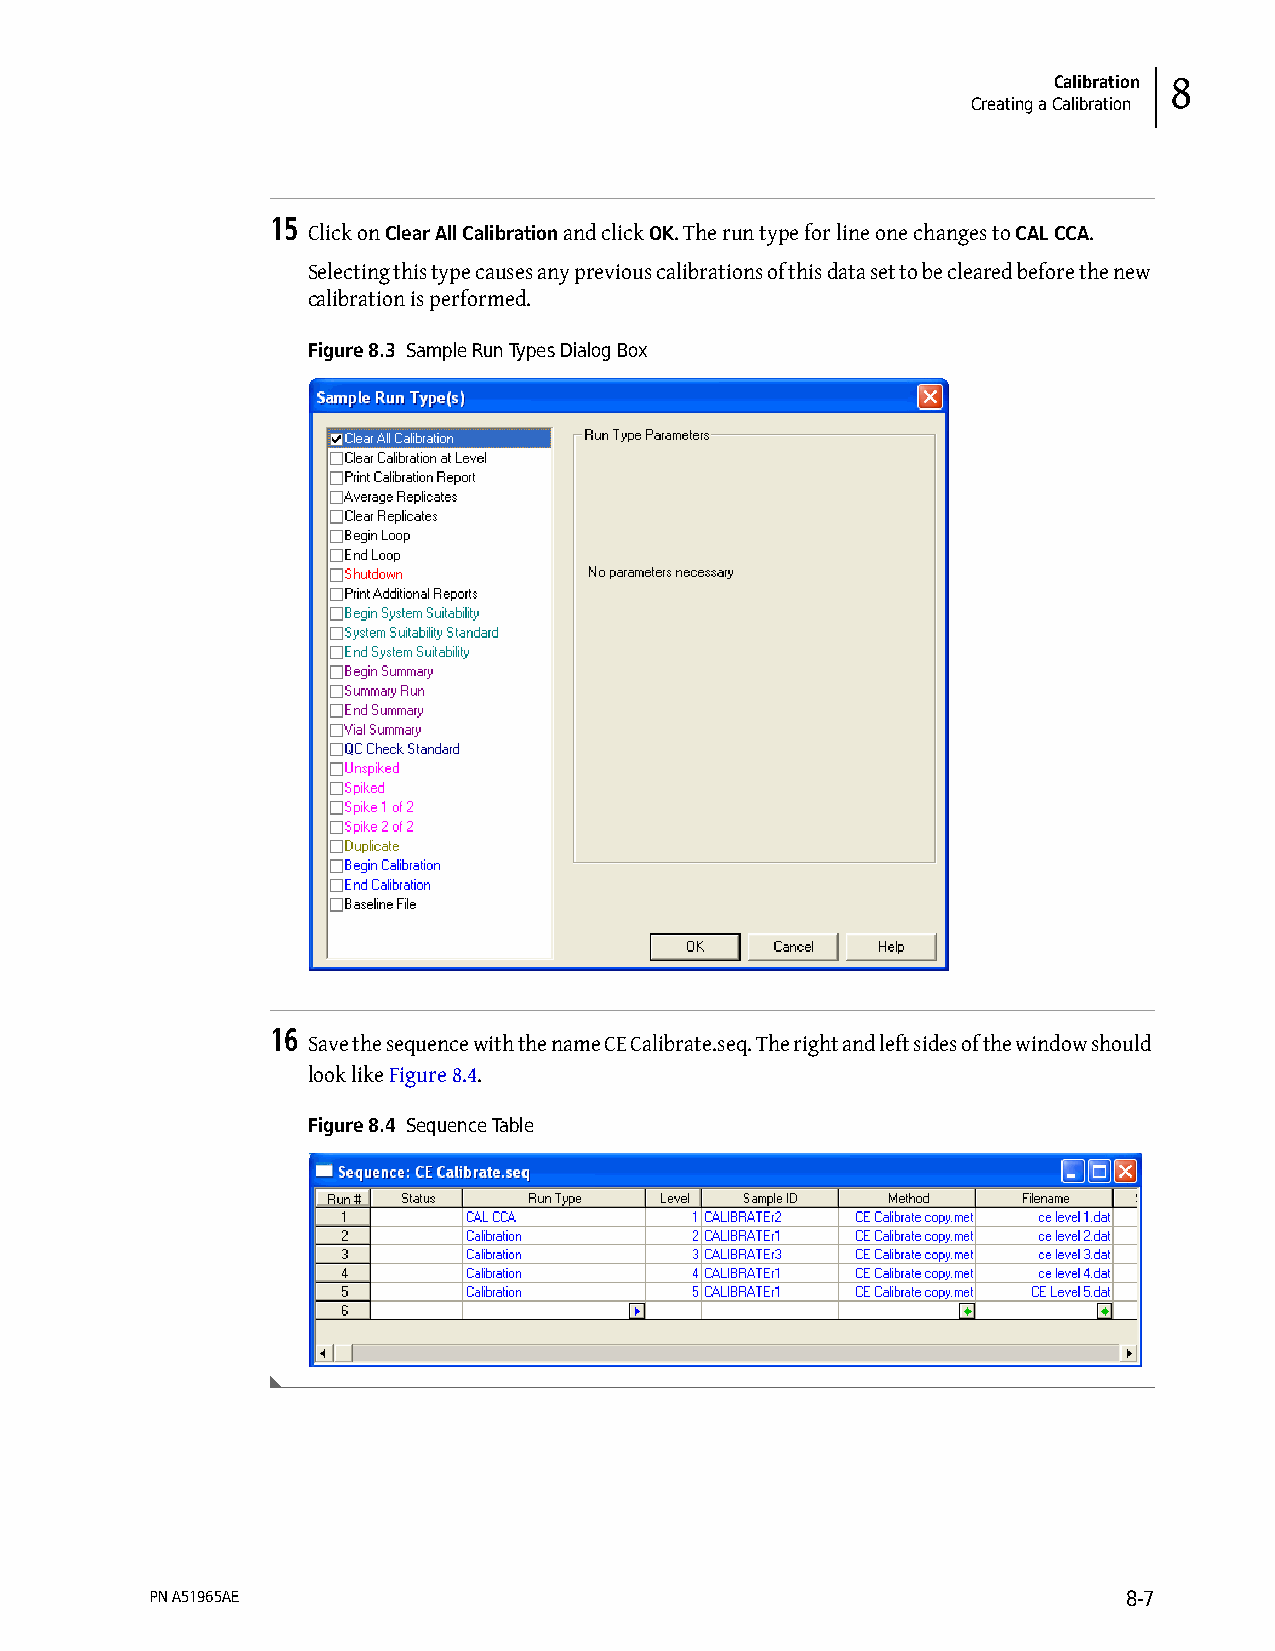
Calibration 8
 Creating a Calibration
 15
 Click on Clear All Calibration and click OK. The run type for line one changes to CAL CCA.
 Selecting this type causes any previous calibrations of this data set to be cleared before the new
 calibration is performed.
 Figure 8.3 Sample Run Types Dialog Box
 16
 Save the sequence with the name CE Calibrate.seq. The right and left sides of the window should
 look like Figure 8.4.
 Figure 8.4 Sequence Table
 PN A51965AE                                                      8-7